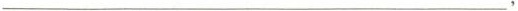
___，